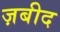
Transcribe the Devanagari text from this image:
ज़बीद